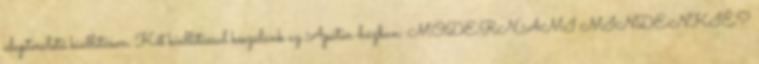
alapterületű kiállításon. Két kiállítással készülünk az Apátúr-házban: MODERN,AMI MINDENKIÉ?